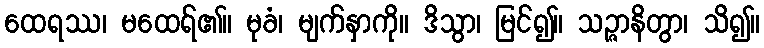
ထေရဿ၊ မထေရ်၏။ မုခံ၊ မျက်နှာကို။ ဒိသွာ၊ မြင်၍။ သဉ္ဇာနိတွာ၊ သိ၍။